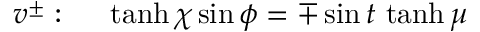
v ^ { \pm } : ~ ~ ~ ~ \operatorname { t a n h } \chi \sin \phi = \mp \sin t \, \operatorname { t a n h } \mu